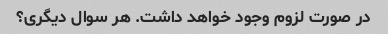
در صورت لزوم وجود خواهد داشت. هر سوال دیگری؟